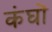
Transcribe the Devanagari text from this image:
कंघों